Medical and sanitary report of the native army of Bengal for the year
Year: 1874
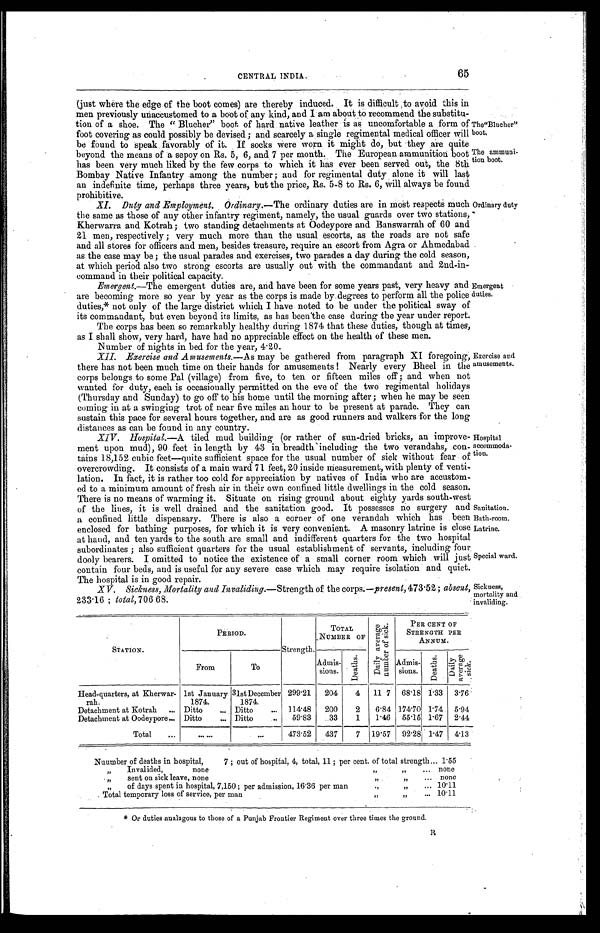
The "Blucher"
boot.
The ammuni-
tion boot.
Exercise and
amusements.
Hospital
accommoda
-tion.
Sanitation.
Bath-room.
Latrine.
Special ward.
Sickness,
mortality and invaliding
65
CENTRAL INDIA.
(just where the edge of the boot comes) are thereby induced. It is difficult ,to avoid this in
men previously unaccustomed to a boot of any kind, and I am about to recommend the substitu
- t i o n o f a s h o e . T h e " B l u c h e r " b o o t o f h a r d n a t i v e l e a t h e ri
s
a s u n c o m f o r t a b l e a f o r m o f
foot covering as could possibly be devised ; and scarcely a single regimental medical officer will
be found to speak favorably of it. If socks were worn it might do, but they are quite
beyond the means of a sepoy on Rs. 5, 6, and 7 per month. The European ammunition boot
has been very much liked by the few corps to which it has ever been served out, the 8th
Bombay Native Infantry among the number ; and for regimental duty alone it will last
an indefinite time, perhaps three years, but the price, Rs. 5-8 to Rs. 6, will always be found
prohibitive.
XI. Duty and Employment. Ordinary.—The ordinary duties are in most respects much
the same as those of any other infantry regiment, namely, the usual guards over two stations,
Kherwarra and Kotrah; two standing detachments at Oodeypore and Banswarrah of 60 and
21 men, respectively ; very much more than the usual escorts, as the roads are not safe
and all stores for officers and men, besides treasure, require an escort from Agra or Ahmedabad
as the case may be ; the usual parades and exercises, two parades a day during the cold season,
at which period also two strong escorts are usually out with the commandant and 2nd-in--
command in their political capacity.
Ordinary duty
Emergent.—The emergent duties are, and have been for some years past, very heavy and
are becoming more so year by year as the corps is made by degrees to perform all the police
duties,* not only of the large district which I have noted to be under the political sway of
its commandant, but even beyond its limits, as has been the case during the year under report.
The corps has been so remarkably healthy during 1874 that these duties, though at times,
as I shall show, very hard, have had no appreciable effect on the health of these men.
Number of nights in bed for the year, 4.20.
Emergent
duties.
XII. Exercise and Amusements .—As may be gathered from paragraph XI foregoing,
there has not been much time on their hands for amusements ! Nearly every Bheel in the
corps belongs to some Pal (village) from five, to ten or fifteen miles off ; and when not
wanted for duty, each is occasionally permitted on the eve of the two regimental holidays
(Thursday and Sunday) to go off to his home until the morning after ; when he may be seen
coming in at a swinging trot of near five miles an hour to be present at parade. They can
sustain this pace for several hours together, and are as good runners and walkers for the long
distances as can be found in any country.
XIV . Hospital .—A tiled mud building (or rather of sun-dried bricks, an improve
-ment upon mud), 90 feet in length by 43 in breadth s including the two verandahs, con
-tains 18,152 cubic feet—quite sufficient space for the usual number of sick without fear of
overcrowding. It consists of a main ward 71 feet, 20 inside Measurement, with plenty of venti
-lation. In fact, it is rather too cold for appreciation by natives of India who are accustom
-ed to a minimum amount of fresh air in their own confined little dwellings in the cold season.
There is no means of warming it. Situate on rising ground about eighty yards south-west
of the lines, it is well drained and the sanitation good. It possesses no surgery and
a confined little dispensary. There is also a corner of one verandah which has been
enclosed for bathing purposes, for which it is very convenient. A masonry latrine is close
at hand, and ten yards to the south are small and indifferent quarters for the two hospital
subordinates ; also sufficient quarters for the usual establishment of servants, including four
dooly bearers. I omitted to notice the existence of a small corner room which will just
contain four beds, and is useful for any severe case which may require isolation and quiet.
The hospital is in good repair.
XV-. Sickness, Mortality and Invaliding .—Strength of the corps.—present, 473.52 ; absent,
233.16 ; total, 706 68.
STATION.
PERIOD.
Strength.
T O T A L N U MB E R O F
D a i l y a v e r a g e n u m b e r o f s i c k .
PER CENT OF
STRENGTH PER
ANNUM.
From
To
Admis-
sions.
D e a t h s .
Admis-
sions.
D e a t h s .
D a i l y a v e r a g e s i c k .
Head-quarters, at Kherwar-
rah.
1st January
1874.
31stDecember
1874.
299.21
204
4
11 7 68.18 1.33
3.76
Detachment at Kotrah . . . Ditto . . . Ditto . . .
114.48
200
2
6.84 174.70 1.74
5.94
Detachment at Oodeypore . . . Ditto . . . Ditto . . .
59.83
3 3
1
1.46
55.15 1.67
2.44
Total . . .
. . .
. . .
473.52
437
7
19.57
92.28 1.47
4.13
Nuumber of deaths in hospital,
7; out of hospital, 4, total, 11 ; per cent. of total strength . . . 1.55
" Invalided, none " " . . . none
" s e n t o n s i c k l e a v e , n o n e " " . . . none
" o f d a y s s p e n t i n h o s p i t a l , 7 , 1 5 0 ; p e r a d m i s s i o n , 1 6 . 3 6 p e r m a n " " . . .
10.11
T o t a l t e m p o r a r y l o s s o f s e r v i c e , p e r m a n . . .
1 0 . 1 1
* Or duties analagous to those of a Punjab Frontier Regiment over three times the ground.
R